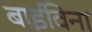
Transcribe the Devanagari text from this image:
बाईविना